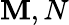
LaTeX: \mathbf{M},N